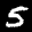
Label: 5